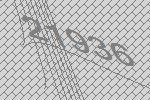
21936